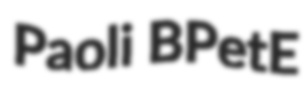
Paoli BPetE